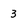
Character: 3